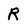
Character: R